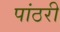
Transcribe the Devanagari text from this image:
पांठरी